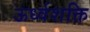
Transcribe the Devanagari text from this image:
ऊर्ध्वशक्ति